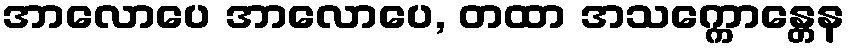
အာလောပေ အာလောပေ, တထာ အသက္ကောန္တေန